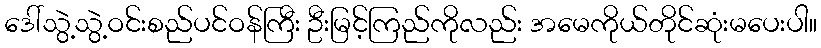
ဒေါ်သွဲ့သွဲ့ဝင်းစည်ပင်ဝန်ကြီး ဦးမြင့်ကြည်ကိုလည်း အမေကိုယ်တိုင်ဆုံးမပေးပါ။